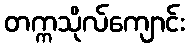
တက္ကသိုလ်ကျောင်း